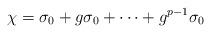
LaTeX: \begin{align*}\chi=\sigma_0+g\sigma_0+\cdots+g^{p-1}\sigma_0\end{align*}